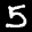
Label: 5